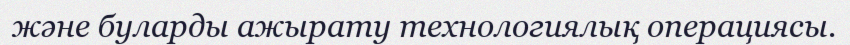
және буларды ажырату технологиялық операциясы.